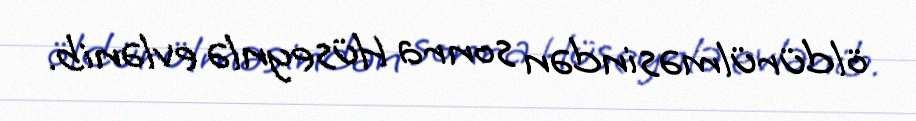
öldürülməsindən sonra Hüseynlə evlənib.